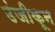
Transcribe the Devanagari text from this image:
उंजीकून